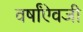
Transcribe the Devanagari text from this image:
वर्षांऐवजी